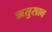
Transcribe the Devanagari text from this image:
ऋतुसाव